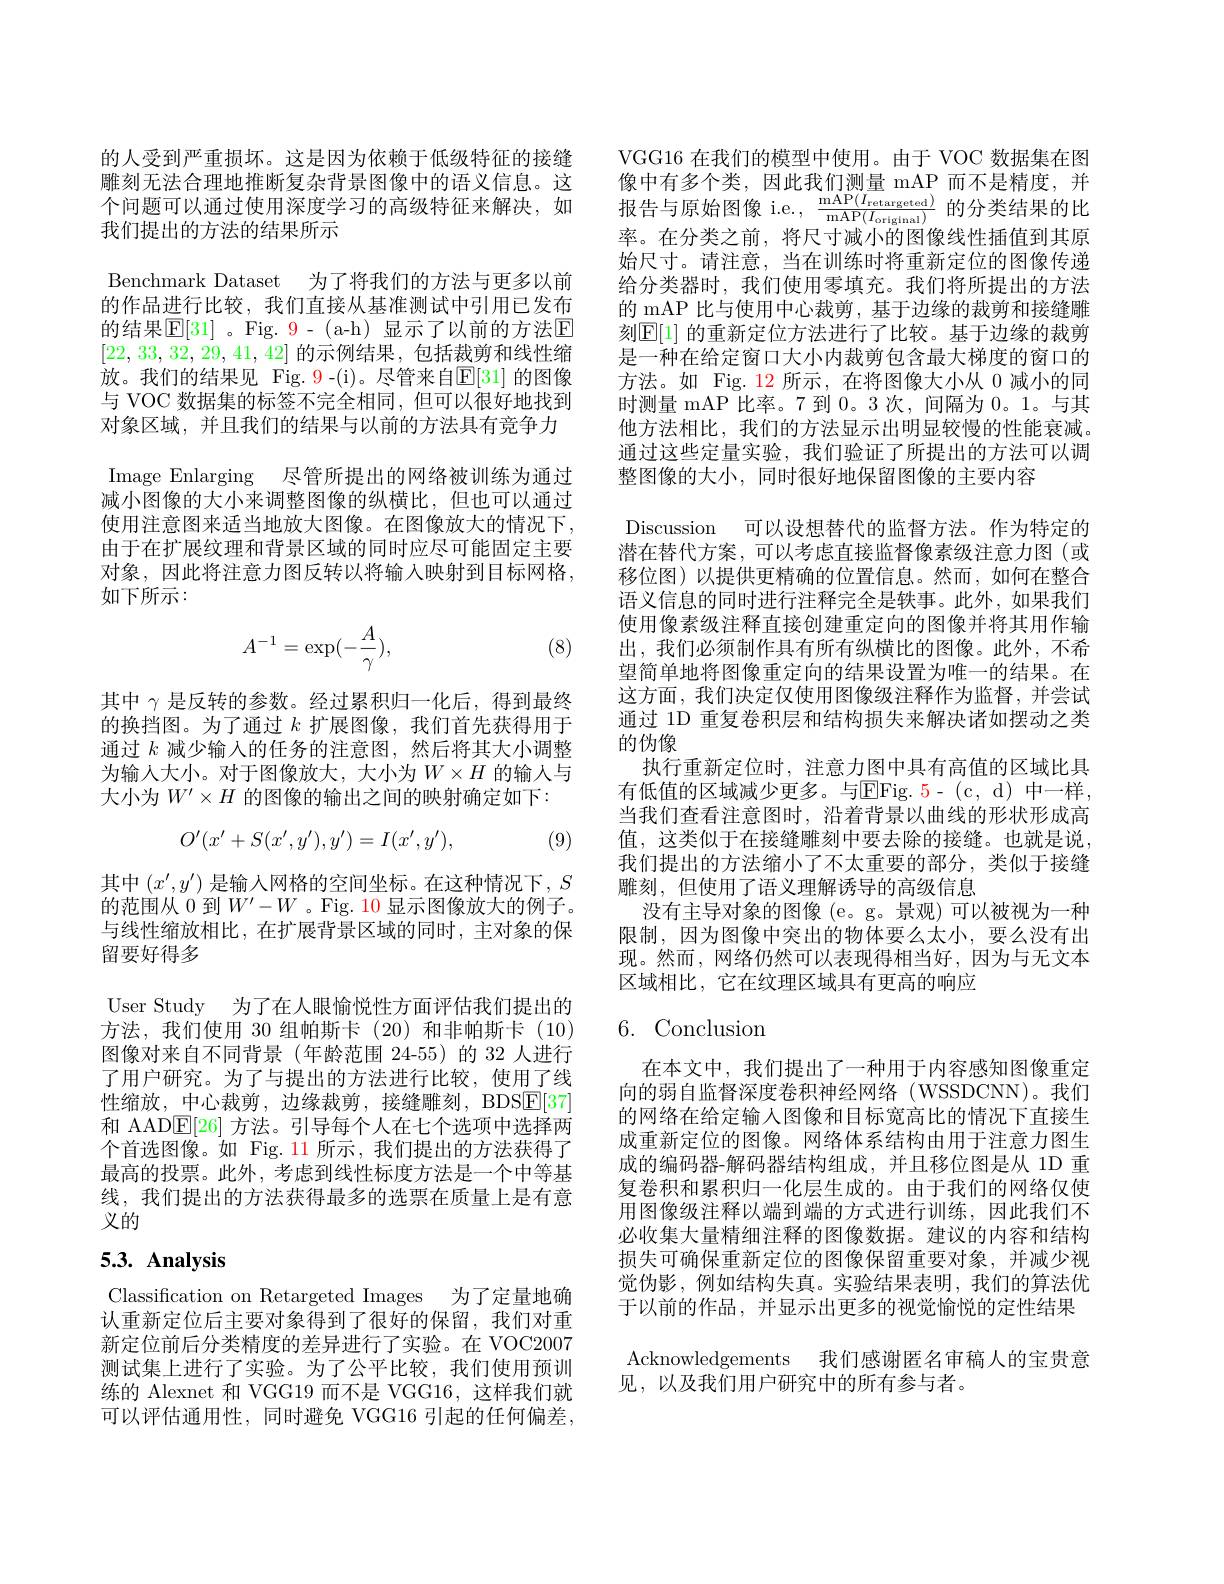
的人受到严重损坏。这是因为依赖于低级特征的接缝
$\begin{aligned}&\text{雕刻无法合理地推断复杂背景图像中的语义信息。这}&\text{像中有多个类，因此我们测量 mAP 而不是精度，并}\\&\text{个问题可以通过使用深度学习的高级特征来解决，如}&&\text{报告与原始图像 ie.,}\frac{\mathrm{mAP}(I_{\mathrm{retargeted}})}{\mathrm{mAP}(I_{\mathrm{ortgtnal}})}\text{的分类结果的比}\\&\text{我们提出的方法的结果所示}&&\text{率。在分类之前、将尺寸减小的图像线性插值到其原}\end{aligned}$
Benchmark Dataset 为了将我们的方法与更多以前的作品进行比较，我们直接从基准测试中引用已发布的结果$\boxed{\mathbb{E}}[31]$ 。Fig. 9- (a-h) 显示了以前的方法$\boxed{\mathbb{E}}$ [22,33,32,29,41,42]的示例结果，包括裁剪和线性缩放。我们的结果见 Fig.9-(i)。尽管来自$\mathbb{E}[31]$ 的图像与 VOC 数据集的标签不完全相同，但可以很好地找到对象区域，并且我们的结果与以前的方法具有竞争力Image Enlarging 尽管所提出的网络被训练为通过减小图像的大小来调整图像的纵横比，但也可以通过使用注意图来适当地放大图像。在图像放大的情况下， 由于在扩展纹理和背景区域的同时应尽可能固定主要对象，因此将注意力图反转以将输入映射到目标网格， 如下所示：

(8)
$$A^{-1}=\exp(-\frac{A}{\gamma}),$$
其中$\gamma$是反转的参数。经过累积归一化后，得到最终的换挡图。为了通过$k$扩展图像，我们首先获得用于通过$k$减少输入的任务的注意图，然后将其大小调整为输人大小。对于图像放大，大小为$W\times H$ 的输入与大小为$W^{\prime}\times H$的图像的输出之间的映射确定如下：
$$O'(x'+S(x',y'),y')=I(x',y'),$$
(9)

其中$(x^{\prime},y^{\prime})$是输入网格的空间坐标。在这种情况下，$S$ 的范围从 0 到$W^\prime-W$ 。Fig. 10 显示图像放大的例子。与线性缩放相比，在扩展背景区域的同时，主对象的保留要好得多

User Study 为了在人眼愉悦性方面评估我们提出的方法，我们使用 30 组帕斯卡(20)和非帕斯卡(10) 图像对来自不同背景(年龄范围 24-55)的 32 人进行了用户研究。为了与提出的方法进行比较，使用了线性缩放，中心裁剪，边缘裁剪，接缝雕刻，BDSE[37] 和 AAD$\underline{\mathrm{E}}[26]$方法。引导每个人在七个选项中选择两个首选图像。如 Fig.11 所示，我们提出的方法获得了最高的投票。此外，考虑到线性标度方法是一个中等基线，我们提出的方法获得最多的选票在质量上是有意义的

# $5. 3. \textbf{ Analysis}$

Classification on Retargeted Images 为了定量地确认重新定位后主要对象得到了很好的保留，我们对重新定位前后分类精度的差异进行了实验。在 VOC2007测试集上进行了实验。为了公平比较，我们使用预训练的 Alexnet 和 VGG19 而不是 VGG16, 这样我们就可以评估通用性，同时避免 VGG16 引起的任何偏差，

VGG16 在我们的模型中使用。由于 VOC 数据集在图率。在分类之前，将尺寸减小的图像线性插值到其原始尺寸。请注意，当在训练时将重新定位的图像传递给分类器时，我们使用零填充。我们将所提出的方法的 mAP 比与使用中心裁剪，基于边缘的裁剪和接缝雕刻$\mathbb{E}[1]$ 的重新定位方法进行了比较。基于边缘的裁剪是一种在给定窗口大小内裁剪包含最大梯度的窗口的方法。如 Fig. 12 所示，在将图像大小从 0 减小的同时测量 mAP 比率。7 到0。3 次，间隔为0。1。与其他方法相比，我们的方法显示出明显较慢的性能衰减。通过这些定量实验，我们验证了所提出的方法可以调整图像的大小，同时很好地保留图像的主要内容
Discussion 可以设想替代的监督方法。作为特定的潜在替代方案，可以考虑直接监督像素级注意力图(或移位图)以提供更精确的位置信息。然而，如何在整合语义信息的同时进行注释完全是轶事。此外，如果我们使用像素级注释直接创建重定向的图像并将其用作输出，我们必须制作具有所有纵横比的图像。此外，不希望简单地将图像重定向的结果设置为唯一的结果。在这方面，我们决定仅使用图像级注释作为监督，并尝试通过 1D 重复卷积层和结构损失来解决诸如摆动之类的伪像
执行重新定位时，注意力图中具有高值的区域比具有低值的区域减少更多。与E$Fig. 5- ( c, d)$ 中一样， 当我们查看注意图时，沿着背景以曲线的形状形成高值，这类似于在接缝雕刻中要去除的接缝。也就是说， 我们提出的方法缩小了不太重要的部分，类似于接缝雕刻，但使用了语义理解诱导的高级信息
没有主导对象的图像 (e。g。景观)可以被视为一种限制，因为图像中突出的物体要么太小，要么没有出现。然而，网络仍然可以表现得相当好，因为与无文本区域相比，它在纹理区域具有更高的响应

# $6.{\mathrm{Conclusion}}$

在本文中，我们提出了一种用于内容感知图像重定向的弱自监督深度卷积神经网络(WSSDCNN)。我们的网络在给定输入图像和目标宽高比的情况下直接生成重新定位的图像。网络体系结构由用于注意力图生成的编码器-解码器结构组成，并且移位图是从 1D 重复卷积和累积归一化层生成的。由于我们的网络仅使用图像级注释以端到端的方式进行训练，因此我们不必收集大量精细注释的图像数据。建议的内容和结构损失可确保重新定位的图像保留重要对象，并减少视觉伪影，例如结构失真。实验结果表明，我们的算法优于以前的作品，并显示出更多的视觉愉悦的定性结果Acknowledgements 我们感谢匿名审稿人的宝贵意见，以及我们用户研究中的所有参与者。